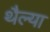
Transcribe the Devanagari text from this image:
थैल्या